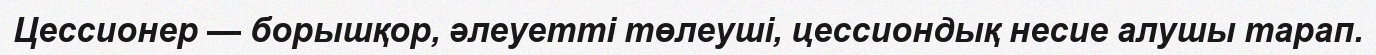
Цессионер — борышқор, әлеуетті төлеуші, цессиондық несие алушы тарап.